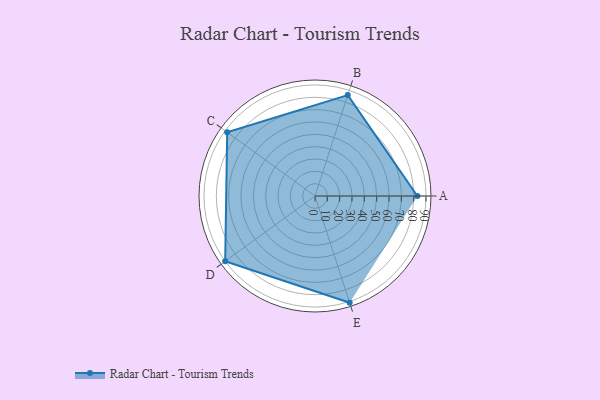
{"axis": {"x": "Skill", "y": "Score"}, "legend": ["Profile"], "data": [{"x": "A", "y": 83.0, "type": "Profile"}, {"x": "B", "y": 86.0, "type": "Profile"}, {"x": "C", "y": 88.0, "type": "Profile"}, {"x": "D", "y": 90.0, "type": "Profile"}, {"x": "E", "y": 91.0, "type": "Profile"}]}